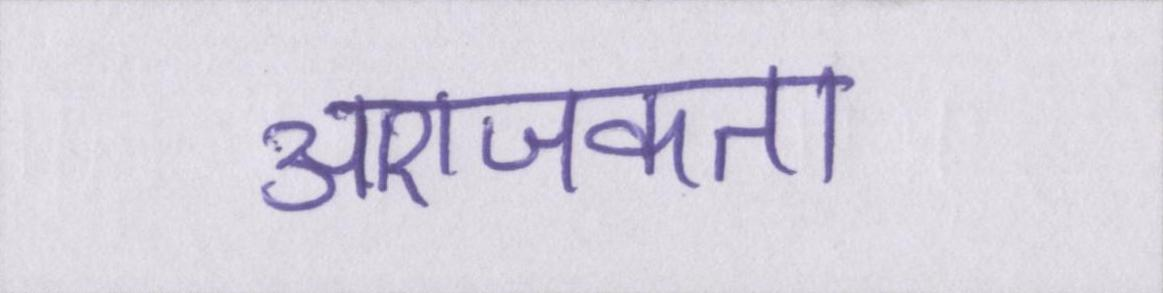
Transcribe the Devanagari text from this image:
आराजकता